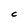
Character: C